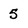
Character: 5